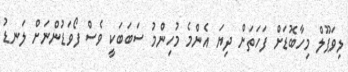
ލިވަޕޫލް މިހާބޮޑަށް ފަހަތަށް ދިޔަ އެންމެ މުހިންމު ސަބަބަކީ ވެސް ފޯވަޑުންނަށް ލަނޑު